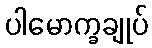
ပါမောက္ခချုပ်